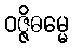
ဝဇ္ဇိဓမ္မေ